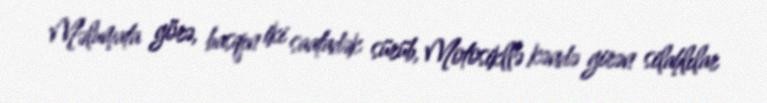
Məlumata görə, basqın iki saatadək sürüb, Motosikllə kəndə girən silahlılar